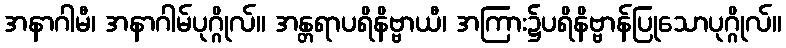
အနာဂါမီ၊ အနာဂါမ်ပုဂ္ဂိုလ်။ အန္တရာပရိနိဗ္ဗာယီ၊ အကြား၌ပရိနိဗ္ဗာန်ပြုသောပုဂ္ဂိုလ်။